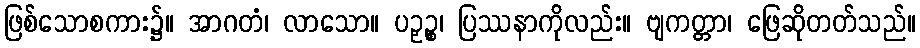
ဖြစ်သောစကား၌။ အာဂတံ၊ လာသော။ ပဉှဉ္စ၊ ပြဿနာကိုလည်း။ ဗျကတ္တာ၊ ဖြေဆိုတတ်သည်။